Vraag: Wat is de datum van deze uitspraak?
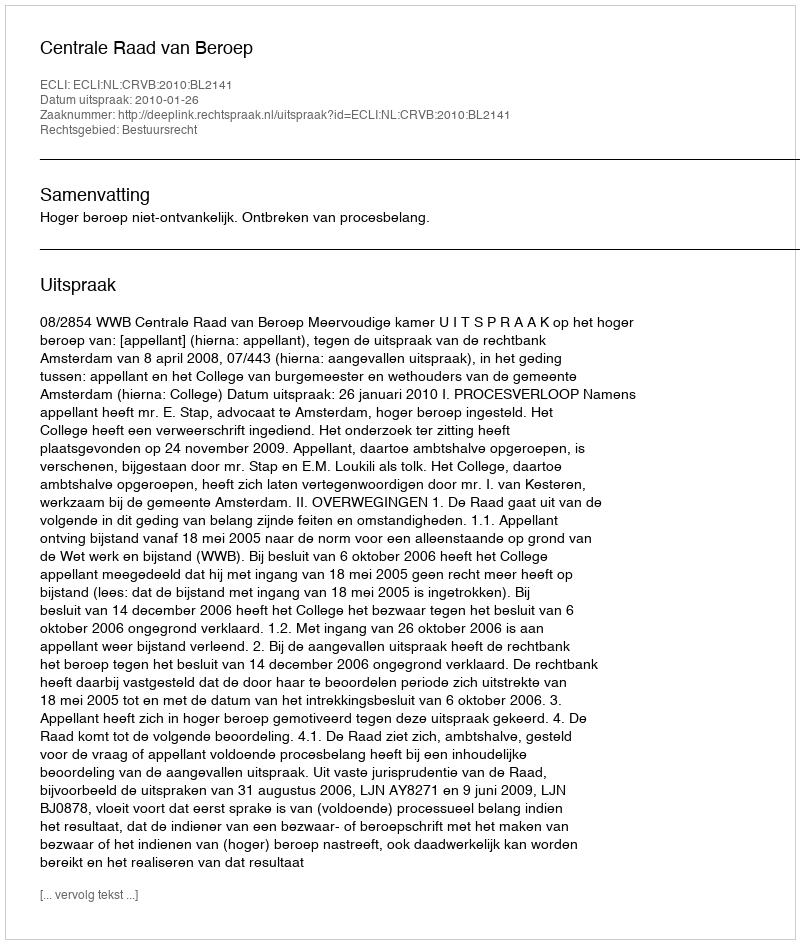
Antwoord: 2010-01-26